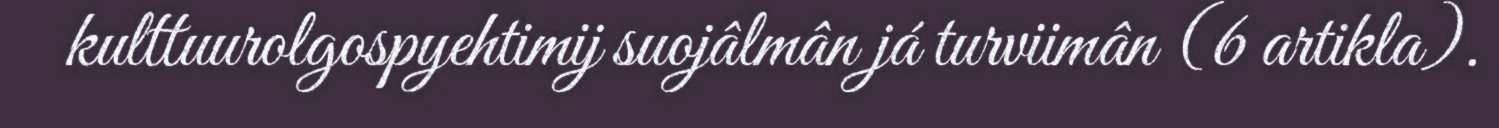
kulttuurolgospyehtimij suojâlmân já turviimân (6 artikla).